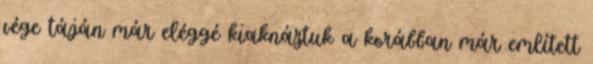
vége táján már eléggé kiaknáztuk a korábban már említett